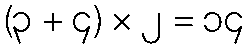
(၃ + ၄) × ၂ = ၁၄